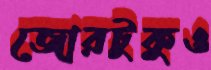
জোরটুকুও